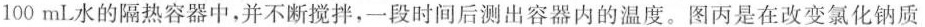
100mL水的隔热容器中，并不断搅拌，一段时间后测出容器内的温度。图丙是在改变氯化钠质